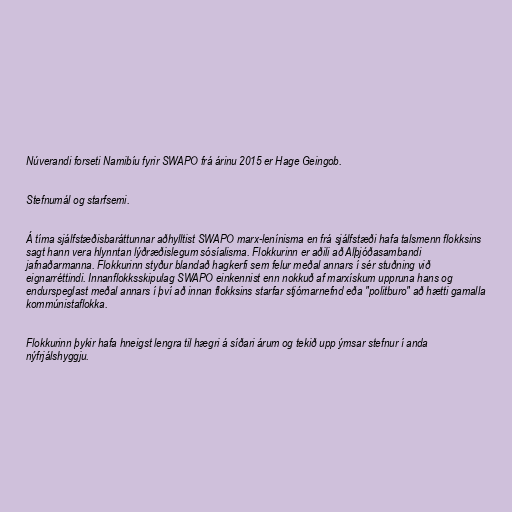
Núverandi forseti Namibíu fyrir SWAPO frá árinu 2015 er Hage Geingob.

Stefnumál og starfsemi.

Á tíma sjálfstæðisbaráttunnar aðhylltist SWAPO marx-lenínisma en frá sjálfstæði hafa talsmenn flokksins
sagt hann vera hlynntan lýðræðislegum sósíalisma. Flokkurinn er aðili að Alþjóðasambandi
jafnaðarmanna. Flokkurinn styður blandað hagkerfi sem felur meðal annars í sér stuðning við
eignarréttindi. Innanflokksskipulag SWAPO einkennist enn nokkuð af marxískum uppruna hans og
endurspeglast meðal annars í því að innan flokksins starfar stjórnarnefnd eða "politburo" að hætti gamalla
kommúnistaflokka.

Flokkurinn þykir hafa hneigst lengra til hægri á síðari árum og tekið upp ýmsar stefnur í anda
nýfrjálshyggju.